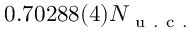
0 . 7 0 2 8 8 ( 4 ) N _ { \mathrm { ~ u ~ . ~ c ~ . ~ } }